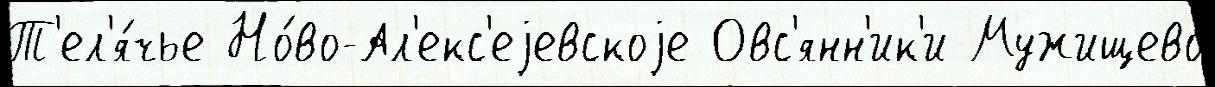
Т'ел'я́чье Но́во-Ал'екс'еjевскоjе Овс'янн'ик'и Мужищево